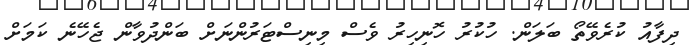
ދިފާއު ކުރެވޭތޯ ބަލަން. ހުކުރު ހޮނިހިރު ވެސް މިނިސްޓަރުންނަށް ބަންދުވާން ޖެހޭނެ ކަމަށް